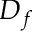
D _ { f }